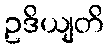
ဥဒိယျတိ